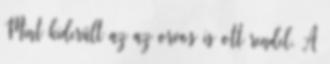
Mint kiderült az az orvos is ott rendel. A